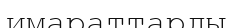
имараттарды